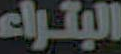
البتراء